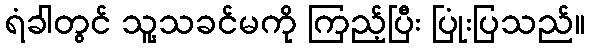
ရံခါတွင် သူ့သခင်မကို ကြည့်ပြီး ပြုံးပြသည်။